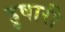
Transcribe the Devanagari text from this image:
हुषारी